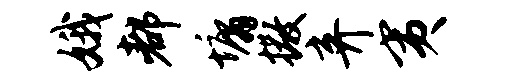
娥都墉撒弃夷